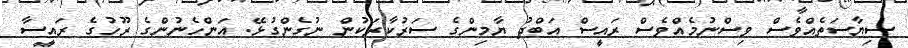
ސިޔާސަތެއްވެސް ވިސްނުމެއްވެސް ރައީސް އަބްދު ޔާމިންގެ ސަރުކާރަކުން ނުގެންގުޅޭ. އަންހެނުންގެ ރޫހުގެ ރައީސާ